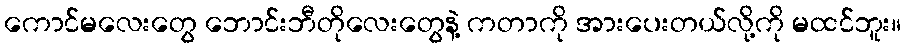
ကောင်မလေးတွေ ဘောင်းဘီတိုလေးတွေနဲ့ ကတာကို အားပေးတယ်လို့ကို မထင်ဘူး။